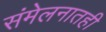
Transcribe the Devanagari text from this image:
संमेलनातही